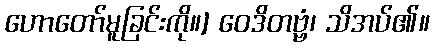
ဟောတော်မူခြင်းကို။] ဝေဒိတဗ္ဗံ၊ သိအပ်၏။